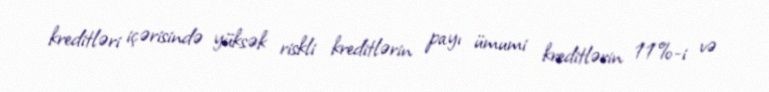
kreditləri içərisində yüksək riskli kreditlərin payı ümumi kreditlərin 11%-i və